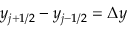
y _ { j + 1 / 2 } - y _ { j - 1 / 2 } = \Delta y